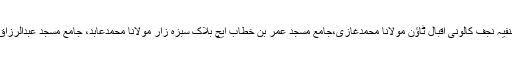
قاری محمدطیب مدنی، جامع مسجد حنفیہ ستلج بلاک اقبال ٹاؤن مولانا محمدحنیف، جامع مسجد حنفیہ نجف کالونی اقبال ٹاؤن مولانا محمدغازی،جامع مسجد عمر بن خطاب ایچ بلاک سبزہ زار مولانا محمدعابد، جامع مسجد عبدالرزاق جوگیاں ناگرہ سبزہ زار مولانا مفتی وقاص احمد اعوان، جامع مسجد الکریم کے بلاک سبزہ زار۔